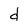
Character: d